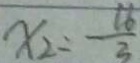
x _ { 2 } = \frac { 1 6 } { 3 }